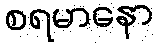
စရမာနော